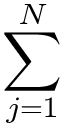
\sum _ { j = 1 } ^ { N }